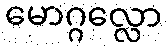
မောဂ္ဂလ္လော